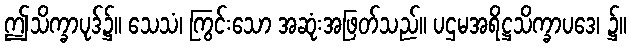
ဤသိက္ခာပုဒ်၌။ သေသံ၊ ကြွင်းသော အဆုံးအဖြတ်သည်။ ပဌမအရိဋ္ဌသိက္ခာပဒေ၊ ၌။